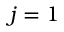
j = 1